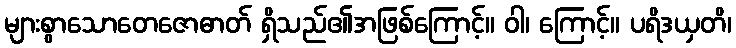
များစွာသောတေဇောဓာတ် ရှိသည်၏အဖြစ်ကြောင့်။ ဝါ၊ ကြောင့်။ ပရိဒယှတိ၊